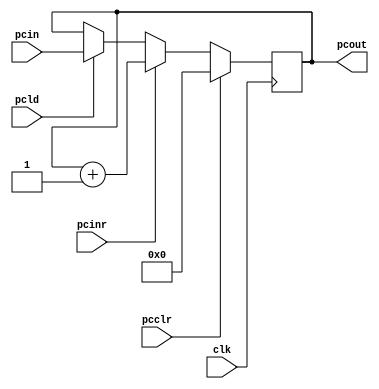
`timescale 1ns/100ps

module pc(pcld, pcclr, pcinr, clk, pcin, pcout);

input [11:0] pcin;
output [11:0] pcout;
input pcclr, pcinr, pcld;
input clk;

reg [11:0] r_pc;

initial
begin
	#1 r_pc <= 0;
end

assign pcout = r_pc;

always@(posedge clk)
begin
	if(pcclr) r_pc <= 0;
	else if(pcinr) r_pc <= r_pc + 1;
	else /*#5*/ if(pcld) r_pc <= pcin;
end

endmodule